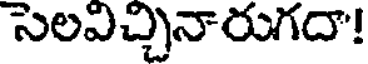
సెలవిచ్చినారుగదా!